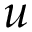
u